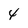
Character: 4